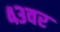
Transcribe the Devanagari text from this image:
४३वर